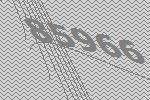
85966